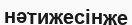
нәтижесінже